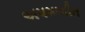
અપમાનીત